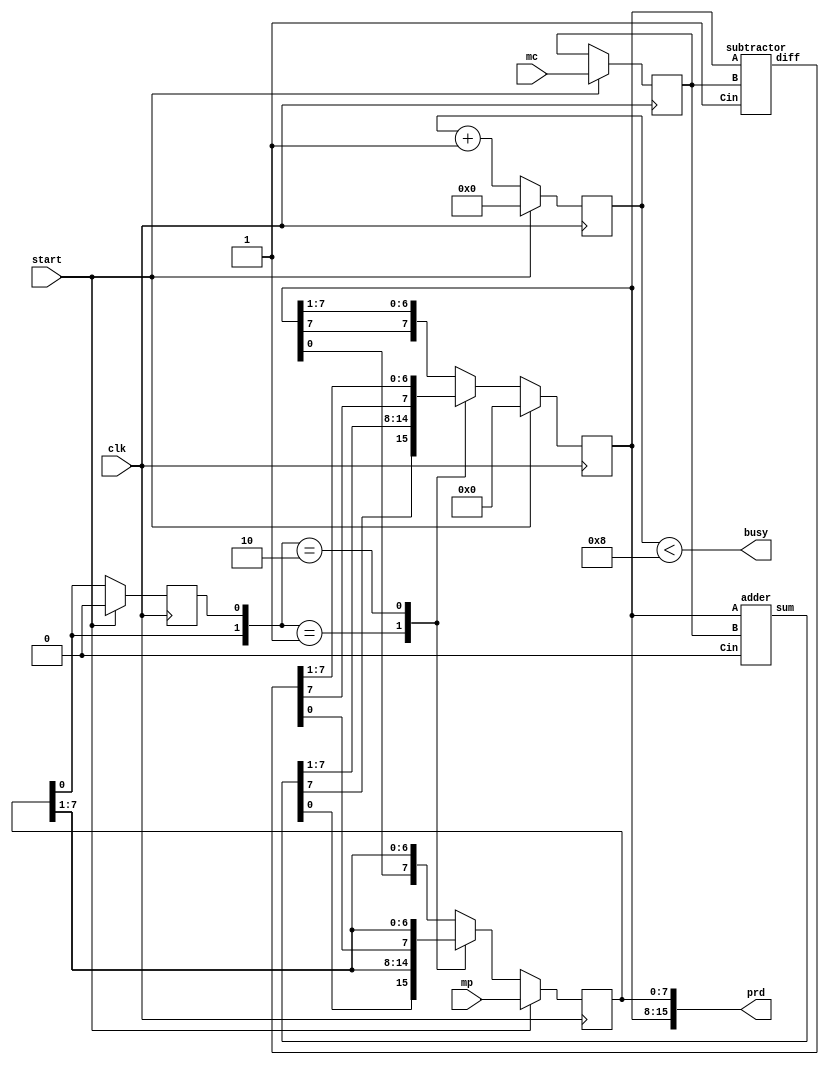
module booth_multiplier(prd, busy, mc, mp, clk, start);
    output [15:0] prd;
    output busy;
    input signed [7:0] mc, mp;
    input clk, start;
    reg signed [7:0] A, Q, B;
    reg Q_1;
    reg [3:0] count;
    wire signed [7:0] sum, diff;

    always @(posedge clk)
    begin
        if (start) begin
            A <= 8'b0;
            B <= mc;
            Q <= mp;
            Q_1 <= 1'b0;
            count <= 4'b0;
        end

        else begin
            $display("sum = %d, diff = %d, a=%d, b=%d", sum, diff, A, B);
            case ({Q[0], Q_1})
                2'b0_1 : {A, Q, Q_1} <= {sum[7], sum, Q};
                2'b1_0 : {A, Q, Q_1} <= {diff[7], diff, Q};
                default: {A, Q, Q_1} <= {A[7], A, Q};
            endcase
            count <= count + 1'b1;
            end
    end

    adder a (A, B, 1'b0, sum);
    subtractor s (A, B, 1'b1, diff);

    // alu a (sum, A, B, 1'b0);
    // alu s (diff, A, ~B, 1'b1);

    assign prd = {A, Q};
    assign busy = (count < 8);
endmodule



module alu(out, a, b, cin);
    output [7:0] out;
    input [7:0] a;
    input [7:0] b;
    input cin;
    assign out = a + b + cin;
endmodule


module CLA4bit(A, B, Cin, Cout, sum);
    input [3:0] A,B;
    input Cin;
    output [3:0] sum;
    output Cout;

    wire [3:0] G, P, C;

    assign G = A & B;
    assign P = A ^ B;

    assign C[0] = Cin;
    assign C[1] = G[0] | (P[0] & C[0]);
    assign C[2] = G[1] | (P[1] & G[0]) | (P[1] & P[0] & C[0]);
    assign C[3] = G[2] | (P[2] & G[1]) | (P[2] & P[1] & G[0]) | (P[2] & P[1] & P[0] & C[0]);   

    assign Cout = G[3] | (P[3] & G[2]) | (P[3] & P[2] & G[1]) | (P[3] & P[2] & P[1] & G[0]) | (P[3] & P[2] & P[1] & P[0] & C[0]);

    assign sum = P ^ C;
endmodule

module adder(A, B, Cin, sum); 
    input [7:0] A,B;
    input Cin;
    output [7:0] sum;

    wire Cout;
    wire Cout1;

    CLA4bit c0(A[3:0], B[3:0], Cin, Cout1, sum[3:0]);
    CLA4bit c1(A[7:4], B[7:4], Cout1, Cout, sum[7:4]);
endmodule

module subtractor(A, B, Cin, diff);
    input [7:0] A,B;
    input Cin;
    output [7:0] diff;

    wire [7:0] Bcomp;
    assign Bcomp = ~B;

    adder a0(A, Bcomp, Cin, diff);
endmodule